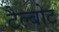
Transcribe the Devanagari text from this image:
टैल्बोट